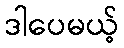
ဒါပေမယ့်